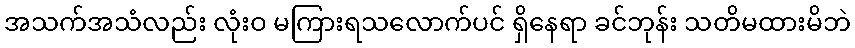
အသက်အသံလည်း လုံးဝ မကြားရသလောက်ပင် ရှိနေရာ ခင်ဘုန်း သတိမထားမိဘဲ